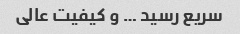
سریع رسید … و کیفیت عالی